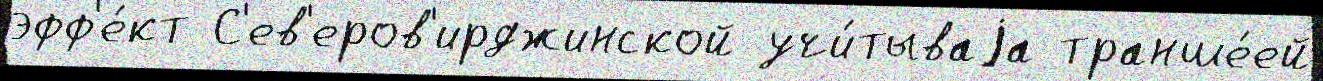
эфф'е́кт С'ев'еров'ирджинской учи́тываjа транше́ей